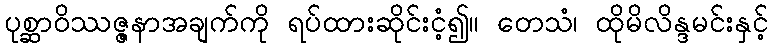
ပုစ္ဆာဝိဿဇ္ဇနာအချက်ကို ရပ်ထားဆိုင်းငံ့၍။ တေသံ၊ ထိုမိလိန္ဒမင်းနှင့်